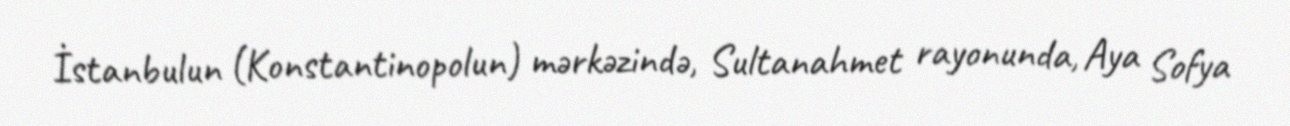
İstanbulun (Konstantinopolun) mərkəzində, Sultanahmet rayonunda, Aya Sofya